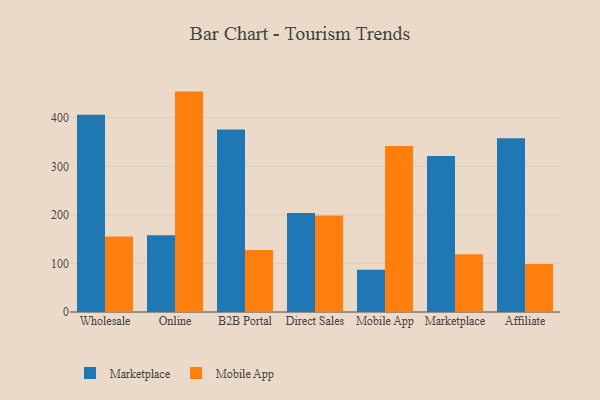
{"axis": {"x": "Channel", "y": "Revenue (USD Million)"}, "legend": ["Marketplace", "Mobile App"], "data": [{"x": "Wholesale", "y": 406.4, "type": "Marketplace"}, {"x": "Wholesale", "y": 155.4, "type": "Mobile App"}, {"x": "Online", "y": 157.9, "type": "Marketplace"}, {"x": "Online", "y": 454.0, "type": "Mobile App"}, {"x": "B2B Portal", "y": 375.8, "type": "Marketplace"}, {"x": "B2B Portal", "y": 127.7, "type": "Mobile App"}, {"x": "Direct Sales", "y": 203.7, "type": "Marketplace"}, {"x": "Direct Sales", "y": 198.7, "type": "Mobile App"}, {"x": "Mobile App", "y": 87.0, "type": "Marketplace"}, {"x": "Mobile App", "y": 342.1, "type": "Mobile App"}, {"x": "Marketplace", "y": 321.1, "type": "Marketplace"}, {"x": "Marketplace", "y": 119.1, "type": "Mobile App"}, {"x": "Affiliate", "y": 357.7, "type": "Marketplace"}, {"x": "Affiliate", "y": 99.1, "type": "Mobile App"}]}